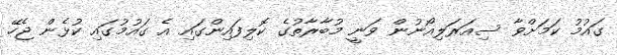
ގައުމު ކަމަށްވާ ސިއަރަލިއޯނުން ވަނީ މުބާރާތުގެ ކޮލިފައިންގައި އެ ގައުމުގައި ކުޅެން ޖެހޭ